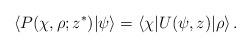
LaTeX: \begin{align*}\langle P(\chi,\rho;z^\ast)|\psi\rangle=\langle\chi|U(\psi,z)|\rho\rangle\,.\end{align*}